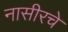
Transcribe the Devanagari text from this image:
नासीरचे